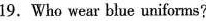
19.Who wear blue uniforms?